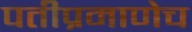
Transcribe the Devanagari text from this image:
पतीप्रमाणेच